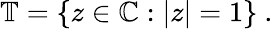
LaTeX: \mathbb{T}=\{ z\in\mathbb{C}:|z|=1\} ~.